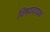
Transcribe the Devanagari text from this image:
विषयवाचक